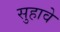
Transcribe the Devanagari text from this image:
सुहावे